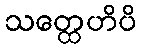
သတ္ထေဟိပိ